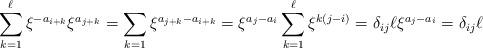
LaTeX: \begin{align*}\sum_{k=1}^{\ell} \xi^{-a_{i+k}} \xi^{a_{j+k}}=\sum_{k=1} \xi^{a_{j+k}-a_{i+k}}=\xi^{a_j-a_i} \sum_{k=1}^\ell \xi^{k(j-i)}=\delta_{ij} \ell \xi^{a_j-a_i}=\delta_{ij} \ell\end{align*}